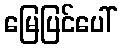
မြေပြင်ပေါ်